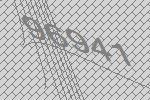
96941